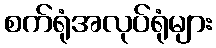
စက်ရုံအလုပ်ရုံများ